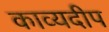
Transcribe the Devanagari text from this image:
काव्यदीप